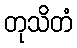
တုသိတံ